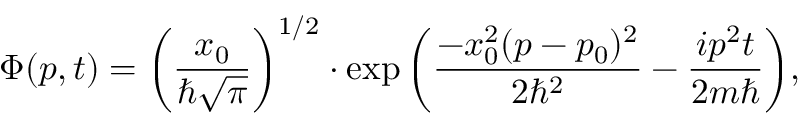
\Phi ( p , t ) = \left( { \frac { x _ { 0 } } { \hbar { \sqrt { \pi } } } } \right) ^ { 1 / 2 } \cdot \exp { \left( { \frac { - x _ { 0 } ^ { 2 } ( p - p _ { 0 } ) ^ { 2 } } { 2 \hbar ^ { 2 } } } - { \frac { i p ^ { 2 } t } { 2 m \hbar } } \right) } ,